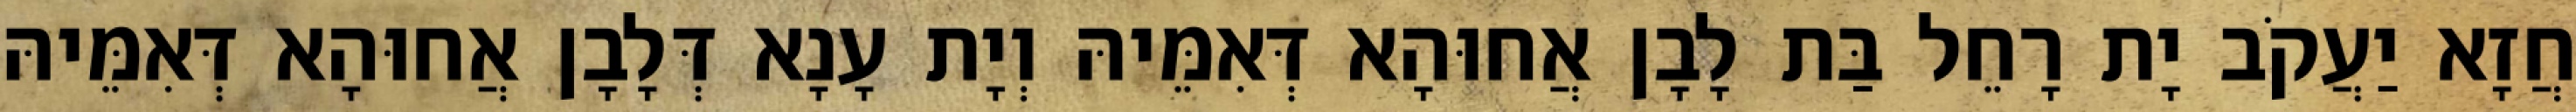
חֲזָא יַעֲקֹב יָת רָחֵל בַּת לָבָן אֲחוּהָא דְּאִמֵּיהּ וְיָת עָנָא דְּלָבָן אֲחוּהָא דְּאִמֵּיהּ